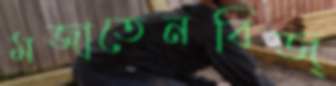
মজাতেনবিজ্